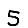
Digit: 5